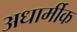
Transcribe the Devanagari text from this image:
अधार्मीक